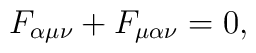
F_{\alpha\mu\nu} + F_{\mu\alpha\nu} = 0,